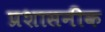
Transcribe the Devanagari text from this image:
प्रशासनीक